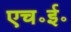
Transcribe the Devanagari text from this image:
एच॰ई॰